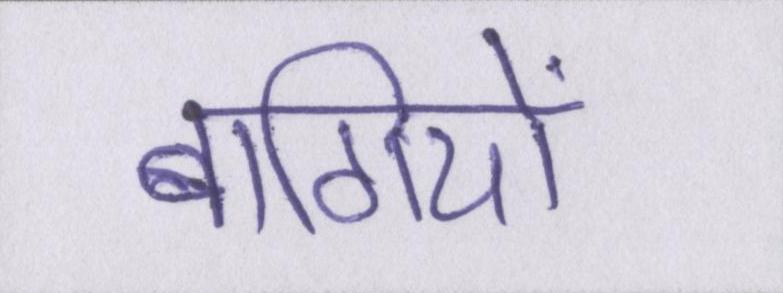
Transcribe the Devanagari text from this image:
बागियों